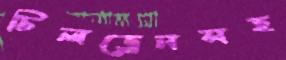
চিলড্রেনসহ